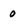
Character: 0